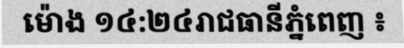
ម៉ោង ១៤:២៤រាជធានីភ្នំពេញ ៖